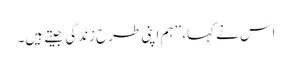
اس نے کہا، ’’ہم اپنی طرح زندگی جیتے ہیں۔